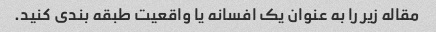
مقاله زیر را به عنوان یک افسانه یا واقعیت طبقه بندی کنید.